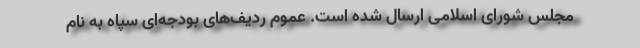
مجلس شورای اسلامی ارسال شده است. عموم ردیف­های بودجه‌­ای سپاه به نام